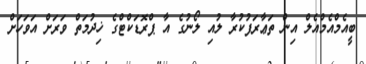
ބީއެމްއެމްއެލް އިން ތަޢާރަފުކުރާ ލުއި ލޯނުގެ އާ ޕްރޮޑަކްޓްގެ ޚިދުމަތް ވަރަށް އަވަހަށް